Report on the treatment of epidemic cholera: from information collected by the governments of Bengal, Madras, Bombay, N.W. Provinces, Punjab, Oudh, and Central India, by order of the Government of India
Disease focus: Cholera
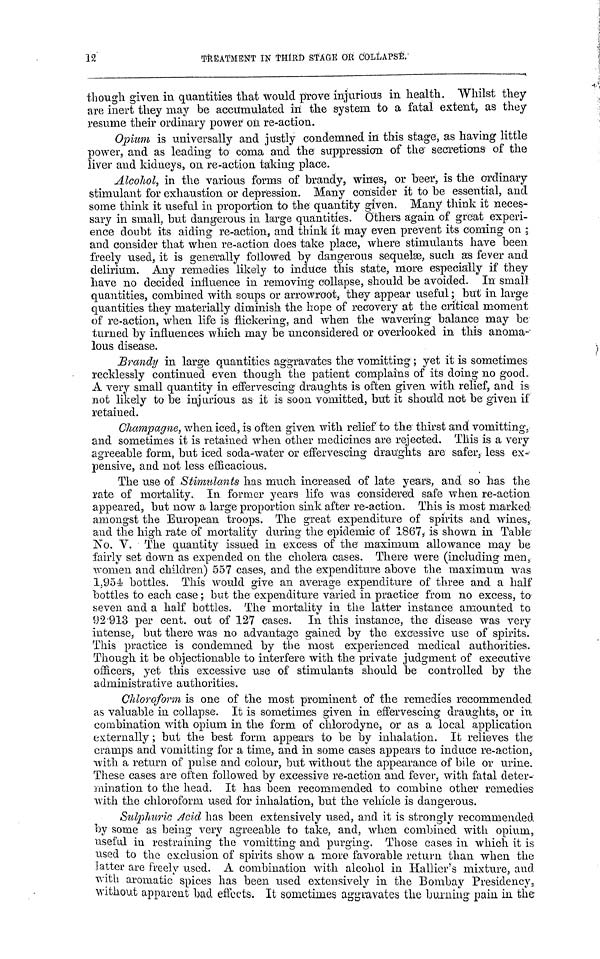
12
TREATMENT
IN THIRD STAGE OR COLLAPSE.
though given in quantities that would prove injurious in health. Whilst they
are inert they may be accumulated in the system to a fatal extent, as they
resume their ordinary power on re-action.
Opium is universally and justly condemned in this stage, as having little
power, and as leading to coma and the suppression of the secretions of the
liver and kidneys, on re-action taking place.
Alcohol, in the various forms of brandy, wines, or beer, is the ordinary
stimulant for exhaustion or depression. Many consider it to be essential, and
some think it useful in proportion to the quantity given. Many think it neces-
sary in small, but dangerous in large quantities. Others again of great experi-
ence doubt its aiding re-action, and think it may even prevent its coming on ;
and consider that when re-action does take place, where stimulants have been
freely used, it is generally followed by dangerous sequel, such as fever and
delirium. Any remedies likely to induce this state, more especially if they
have no decided influence in removing collapse, should be avoided. In small
quantities, combined with soups or arrowroot, they appear useful; but in large
quantities they materially diminish the hope of recovery at the critical moment
of re-action, when life is flickering, and when the wavering balance may be
turned by influences which may be unconsidered or overlooked in this anoma-
lous disease.
Brandy in large quantities aggravates the vomitting; yet it is sometimes
recklessly continued even though the patient complains of its doing no good
A very small quantity in effervescing draughts is often given with relief, and is
not likely to be injurious as it is soon vomitted, but it should not be given if
retained.
Champagne when, iced, is often given with relief to the thirst and vomitting,
and sometimes it is retained when other medicines are rejected. This is a very
agreeable form, but iced soda water or effervescing draughts are safer, less ex-
pensive, and not less efficacious.
The use of Stimulants has much increased of late years, and so has the
rate of mortality. In former years life was considered safe when re-action
appeared, but now a large proportion sink after re-action. This is most marked
amongst the European troops. The great expenditure of spirits and wines,
and the high rate of mortality during the epidemic of 1867, is shown in Table
No. V. The quantity issued in excess of the maximum allowance may be
fairly set down as expended 011 the cholera cases. There were (including men,
women and children) 557 cases, and the expenditure above the maximum was
1,954 bottles. This would give an average expenditure of three and a half
bottles to each case; but the expenditure varied in practice from no excess, to
seven and a half bottles. The mortality in the latter instance amounted to
92.913 per cent. out of 127 cases. In this instance, the disease was very
intense, but there was no advantage gained by the excessive use of spirits.
This practice is condemned by the most experienced medical authorities.
Though it be objectionable to interfere with the private judgment of executive
officers, yet this excessive use of stimulants should be controlled by the
administrative authorities.
Chloroform is one of the most prominent of the remedies recommended
as valuable in collapse. It is sometimes given in effervescing draughts, or in
combination with opium in the form of chlorodyne, or as a local application
externally; but the best form appears to be by inhalation. It relieves the
cramps and vomitting for a time, and in some cases appears to induce re-action,
with a return of pulse and colour, but without the appearance of bile or urine.
These cases are often followed by excessive re-action and fever, with fatal deter-
mination to the head. It has been recommended to combine other remedies
with the chloroform used for inhalation, but the vehicle is dangerous.
Stdphuric Acid has been extensively used, and it is strongly recommended
by some as being very agreeable to take, and, when combined with opium,
useful in restraining the vomitting and purging. Those cases in which it is
used to the exclusion of spirits show a more favorable return than when the
latter are freely used. A combination with alcohol in Hallier's mixture, and
with aromatic spices has been used extensively in the Bombay Presidency,
without apparent bad effects. It sometimes aggravates the burning pain in the